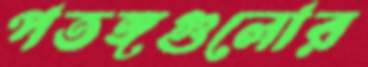
পতঙ্গগুলোর